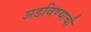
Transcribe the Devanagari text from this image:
अडविण्याची